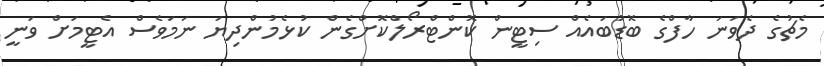
މެޗުގެ ދެވަނަ ހާފްގެ ބޮޑުބައެއް ސިޓީން ކޮންޓްރޯލްކޮށްގެން ކުޅެމުންދިޔަ ނަމަވެސް އެޓީމަށް ވަނީ